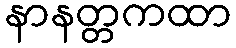
နာနတ္တကထာ